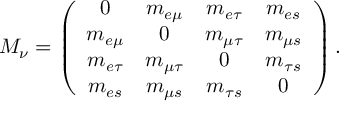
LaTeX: M _ { \nu } = \left( \begin{array} { c c c c } { { 0 } } & { { m _ { e \mu } } } & { { m _ { e \tau } } } & { { m _ { e s } } } \\ { { m _ { e \mu } } } & { { 0 } } & { { m _ { \mu \tau } } } & { { m _ { \mu s } } } \\ { { m _ { e \tau } } } & { { m _ { \mu \tau } } } & { { 0 } } & { { m _ { \tau s } } } \\ { { m _ { e s } } } & { { m _ { \mu s } } } & { { m _ { \tau s } } } & { { 0 } } \end{array} \right) .